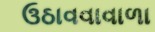
ઉઠાવવાવાળા